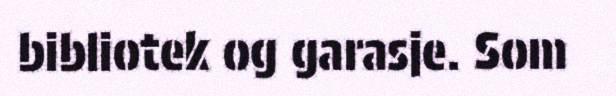
bibliotek og garasje. Som